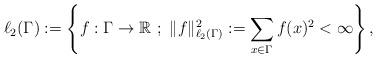
LaTeX: \begin{align*}\ell_2(\Gamma)&:=\left\{f:\Gamma\to\mathbb{R}\ ;\ \|f\|^2_{\ell_2(\Gamma)}:=\sum_{x\in\Gamma}f(x)^2<\infty\right\}, \end{align*}